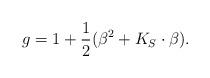
LaTeX: \begin{align*}g=1+\frac{1}{2}(\beta^2+K_S \cdot \beta).\end{align*}